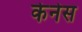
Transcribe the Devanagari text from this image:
केनेस